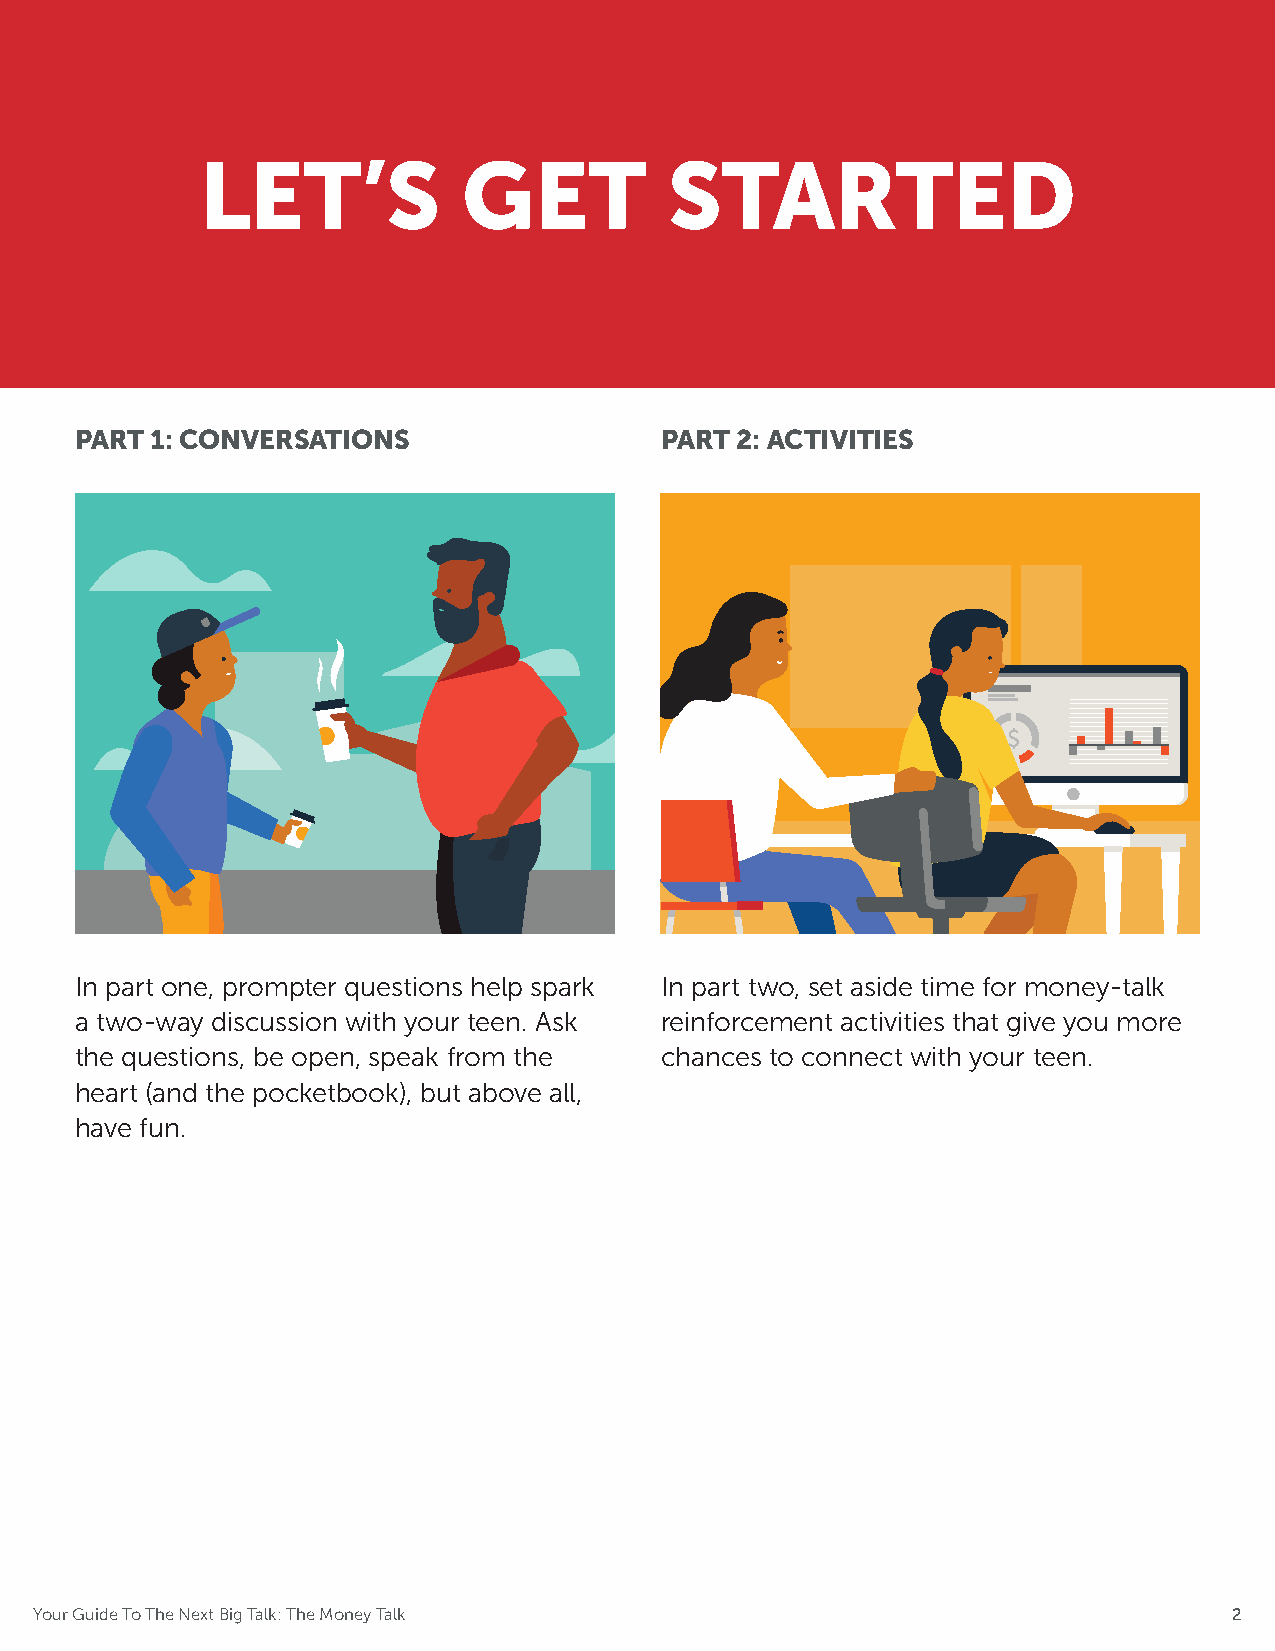
LET’S             GET          STARTED
 PART 1: CONVERSATIONS                  PART 2: ACTIVITIES
 In part one, prompter questions help spark In part two, set aside time for money-talk
 a two-way discussion with your teen. Ask reinforcement activities that give you more
 the questions, be open, speak from the chances to connect with your teen.
 heart (and the pocketbook), but above all,
 have fun.
 Your Guide To The Next Big Talk: The Money Talk                                 2